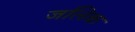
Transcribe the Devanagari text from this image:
जलिक